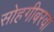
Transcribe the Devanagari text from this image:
सोहगीबरवा